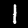
Label: 1